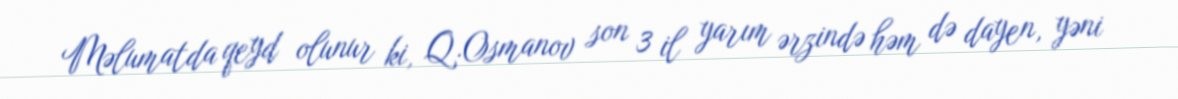
Məlumatda qeyd olunur ki, Q.Osmanov son 3 il yarım ərzində həm də dayen, yəni